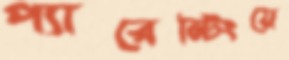
প্যারেন্টিংয়ে